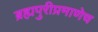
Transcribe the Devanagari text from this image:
ब्रह्मपुरीप्रमाणेच